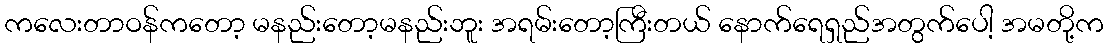
ကလေးတာဝန်ကတော့ မနည်းတော့မနည်းဘူး အရမ်းတော့ကြီးတယ် နောက်ရေရှည်အတွက်ပေါ့ အမတို့က